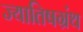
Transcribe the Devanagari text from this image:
ज्यातिषग्रंथ